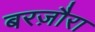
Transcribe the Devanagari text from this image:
बरज़ौरा